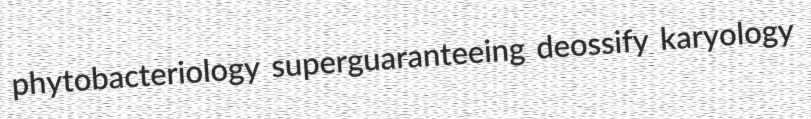
phytobacteriology superguaranteeing deossify karyology